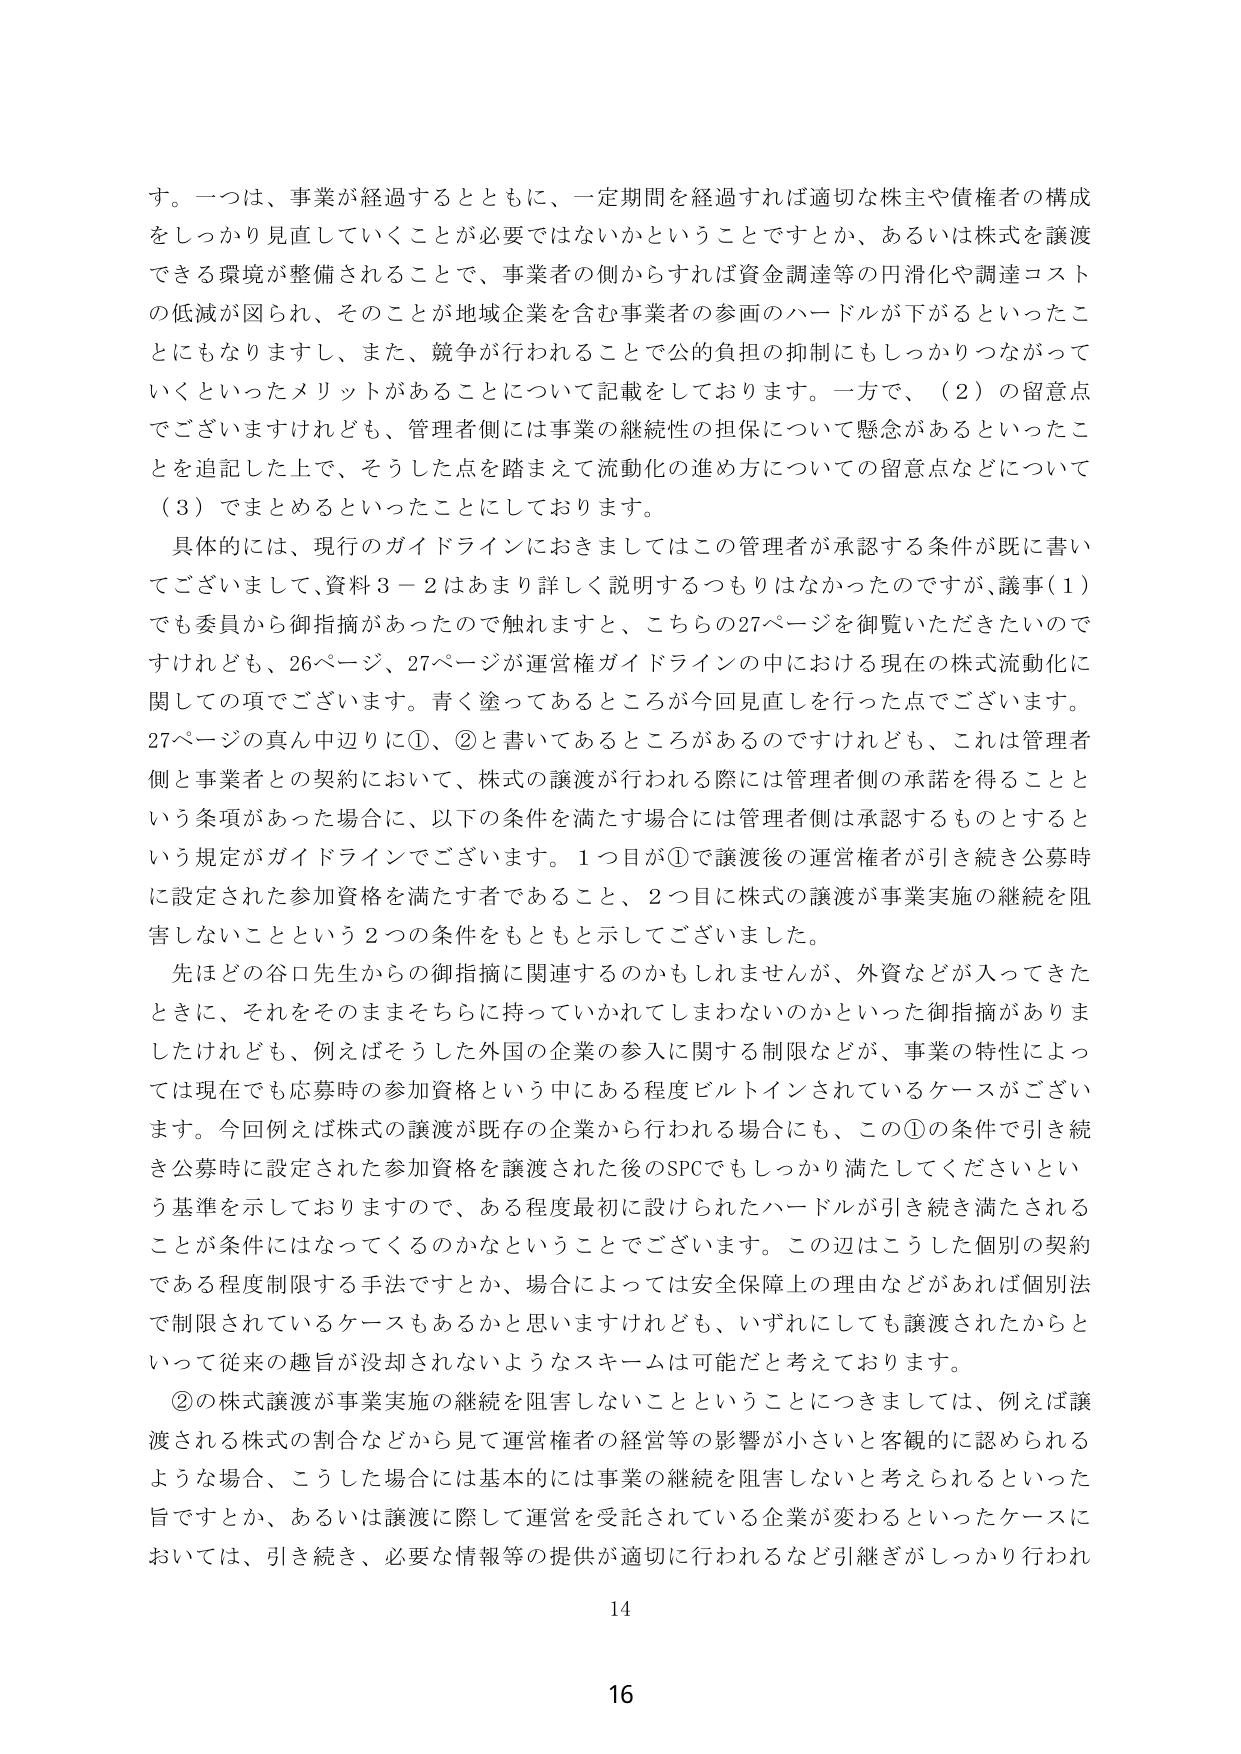
す。一つは、事業が経過するとともに、一定期間を経過すれば適切な株主や債権者の構成をしっかり見直していくことが必要ではないかということですとか、あるいは株式を譲渡できる環境が整備されることで、事業者の側からすれば資金調達等の円滑化や調達コストの低減が図られ、そのことが地域企業を含む事業者の参画のハードルが下がるといったことにもなりますし、また、競争が行われることで公的負担の抑制にもしっかりつながっていくといったメリットがあることについて記載をしております。一方で、（2）の留意点でございますけれども、管理者側には事業の継続性の担保について懸念があるといったことを追記した上で、そうした点を踏まえて流動化の進め方についての留意点などについて（3）でまとめるといったことにしております。

具体的には、現行のガイドラインにおきましてはこの管理者が承認する条件が既に書いてございましたし、資料3－2はあまり詳しく説明するつもりはなかったのですが、議事（1）でも委員から御指摘があったので触れますと、こちらの27ページを御覧いただきたいのですがけれども、26ページ、27ページが運営権ガイドラインの中における現在の株式流動化に関しての項でございます。青く塗ってあるところが今回見直しを行った点でございます。27ページの真ん中辺りに①、②と書いてあるところがあるのですけれども、これは管理者側と事業者との契約において、株式の譲渡が行われる際には管理者側の承諾を得ることという条項があった場合に、以下の条件を満たす場合には管理者側は承認するものとするという規定がガイドラインでございます。1つ目が①で譲渡後の運営権者が引き続き公募時に設定された参加資格を満たす者であること、2つ目に株式の譲渡が事業実施の継続を阻害しないことという2つの条件をもともと示してございました。

先ほどの谷口先生からの御指摘に関連するのかもしれませんが、外資などが入ってきたときに、それをそのままそちらに持っていかれてしまわないのかといった御指摘がありましたけれども、例えばそうした外国の企業の参入に関する制限などが、事業の特性によっては現在でも応募時の参加資格という中にある程度ビルトインされているケースがございます。今回例えば株式の譲渡が既存の企業から行われる場合にも、この①の条件で引き続き公募時に設定された参加資格を譲渡された後のSPCでもしっかり満たしてくださいという基準を示しておりますので、ある程度最初に設けられたハードルが引き続き満たされることが条件にはなってくるのかなということでございます。この辺はこうした個別の契約である程度制限する手法ですとか、場合によっては安全保障上の理由などがあれば個別法で制限されているケースもあるかと思いますけれども、いずれにしても譲渡されたからといって従来の趣旨が没却されないようなスキームは可能だと考えております。

②の株式譲渡が事業実施の継続を阻害しないことということにつきましては、例えば譲渡される株式の割合などから見て運営権者の経営等の影響が小さいと客観的に認められるような場合、こうした場合には基本的には事業の継続を阻害しないと考えられるといった旨ですとか、あるいは譲渡に際して運営を受託されている企業が変わるといったケースにおいては、引き続き、必要な情報等の提供が適切に行われるなど引継ぎがしっかり行われ

14

16